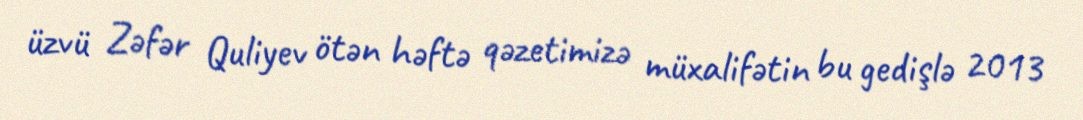
üzvü Zəfər Quliyev ötən həftə qəzetimizə müxalifətin bu gedişlə 2013